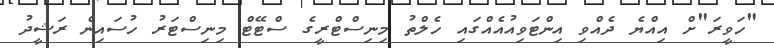
"ހަވީރަ"ށް އިއްޔެ ދެއްވި އިންޓަވިއުއެއްގައި ހެލްތު މިނިސްޓްރީގެ ސްޓޭޓް މިނިސްޓަރު ހުސައިން ރަޝީދު